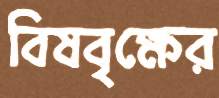
বিষবৃক্ষের